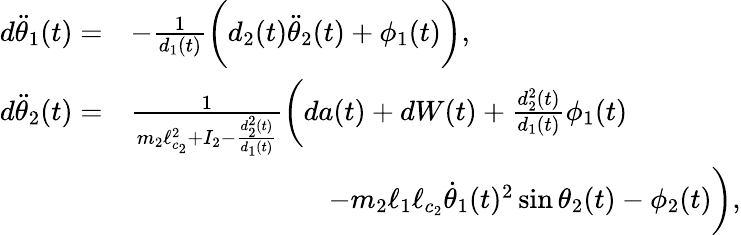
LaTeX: \begin{array}{rl}{d\ddot{\theta}_{1}(t)=}&{-\frac{1}{d_{1}(t)}\biggl(d_{2}(t)\ddot{\theta}_{2}(t)+\phi_{1}(t)\biggr),}\\ {d\ddot{\theta}_{2}(t)=}&{\frac{1}{m_{2}\ell_{c_{2}}^{2}+I_{2}-\frac{d_{2}^{2}(t)}{d_{1}(t)}}\biggl(da(t)+dW(t)+\frac{d_{2}^{2}(t)}{d_{1}(t)}\phi_{1}(t)}\\ &{\qquad\qquad\qquad\quad-m_{2}\ell_{1}\ell_{c_{2}}\dot{\theta}_{1}(t)^{2}\sin\theta_{2}(t)-\phi_{2}(t)\biggr),}\end{array}